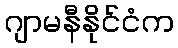
ဂျာမနီနိုင်ငံက